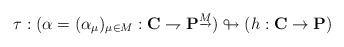
LaTeX: \begin{align*}\tau:(\alpha=(\alpha_\mu)_{\mu \in M}:\mathbf{C}\rightharpoondown \mathbf{P}^{\underrightarrow{{M}}} )\looparrowright (h:\mathbf{C}\rightarrow \mathbf{P})\end{align*}